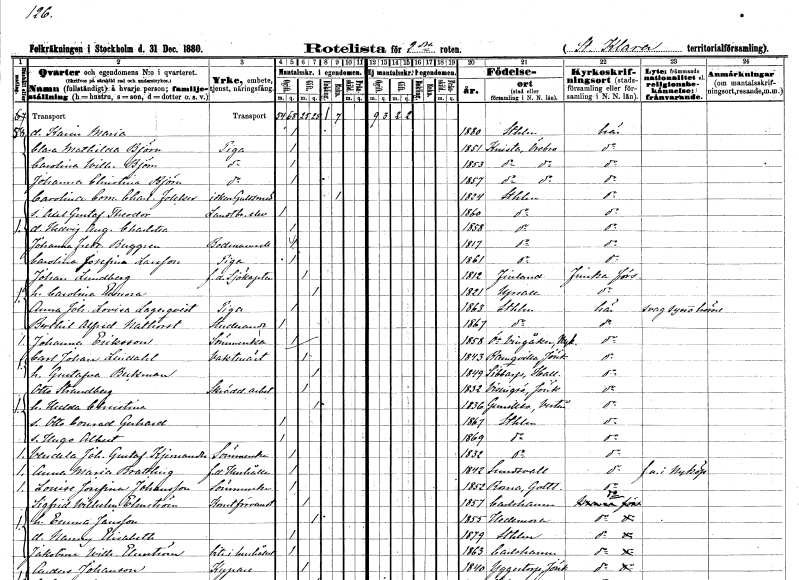
gt_parse: households: individuals: FN: Karin Maria
KON: K
CIV: O
FODAR: 1880
FODFORS: Stockholm
FN: Clara Mathilda
EN: Björn
YRKE: Piga
KON: K
CIV: O
FODAR: 1851
FODFORS: Knista Örebro län
FN: Carolina Wilhelmina
EN: Björn
YRKE: Piga
KON: K
CIV: O
FODAR: 1853
FODFORS: Knista Örebro län
FN: Johanna Christina
EN: Björn
YRKE: Piga
KON: K
CIV: O
FODAR: 1857
FODFORS: Knista Örebro län
FN: Carolina Cornelia Charlotta
EN: Folcker
YRKE: Guldsmedsidkerska
KON: K
CIV: E
FODAR: 1824
FODFORS: Stockholm
FN: Axel Gustaf Theodor
YRKE: Lantbrukselev
KON: M
CIV: O
FODAR: 1860
FODFORS: Stockholm
FN: Hedvig Augusta Charlotta
KON: K
CIV: O
FODAR: 1858
FODFORS: Stockholm
FN: Johanna Fredrika
EN: Berggren
YRKE: Bodmamsell
KON: K
CIV: O
FODAR: 1817
FODFORS: Stockholm
FN: Carolina Josefina
EN: Larsson
YRKE: Piga
KON: K
CIV: O
FODAR: 1861
FODFORS: Stockholm
FN: Johan
EN: Lundberg
YRKE: Sjökapten f.d.
KON: M
CIV: G
FODAR: 1812
FN: Carolina Eleonora
KON: K
CIV: G
FODAR: 1821
FODFORS: Uppsala Uppsala län
FN: Anna Johanna Lovisa
EN: Lagerqvist
YRKE: Piga
KON: K
CIV: O
FODAR: 1863
FODFORS: Stockholm
FN: Berthil Alfrid
EN: Nathorst
YRKE: Studerande
KON: M
CIV: O
FODAR: 1867
FODFORS: Stockholm
FN: Johanna
EN: Eriksson
YRKE: Sömmerska
KON: K
CIV: O
FODAR: 1858
FODFORS: Östra Vingåker Södermanlands län
FN: Carl Johan
EN: Lindahl
YRKE: Vaktmästare
KON: M
CIV: G
FODAR: 1843
FODFORS: Ramkvilla Jönköpings län
FN: Gustafva
EN: Beckman
KON: K
CIV: G
FODAR: 1849
FODFORS: Sibbarp Hallands län
FN: Otto
EN: Strandberg
YRKE: Skrädderiarbetare
KON: M
CIV: G
FODAR: 1832
FODFORS: Visingsö Jönköpings län
FN: Hedda Christina
KON: K
CIV: G
FODAR: 1836
FODFORS: Gunnilbo Västmanlands län
FN: Otto Conrad Gerhard
KON: M
CIV: O
FODAR: 1867
FODFORS: Stockholm
FN: Hugo Albert
KON: M
CIV: O
FODAR: 1869
FODFORS: Stockholm
FN: Vendela Johanna Gustafva
EN: Kjernander
YRKE: Sömmerska
KON: K
CIV: O
FODAR: 1832
FODFORS: Stockholm
FN: Anna Maria
EN: Brattling
YRKE: Hushållerska f.d.
KON: K
CIV: O
FODAR: 1842
FODFORS: Sundsvall Västernorrlands län
FN: Louise Josefina
EN: Johansson
YRKE: Sömmerska
KON: K
CIV: O
FODAR: 1852
FODFORS: Roma Gotlands län